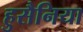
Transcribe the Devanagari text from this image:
हुसैनिया